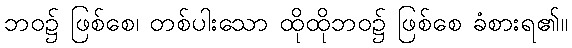
ဘဝ၌ ဖြစ်စေ၊ တစ်ပါးသော ထိုထိုဘဝ၌ ဖြစ်စေ ခံစားရ၏။